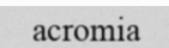
acromia